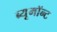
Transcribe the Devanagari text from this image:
ब्यूमॉन्ट